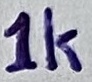
Text: 1K